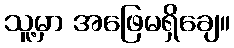
သူ့မှာ အဖြေမရှိချေ။